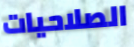
الصلاحيات